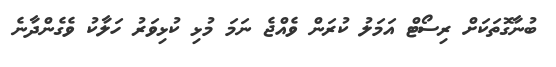
ބުނާގޮތަކަށް ރިސޯޓް އަމަލު ކުރަން ވެއްޖެ ނަމަ މުޅި ކުޅިވަރު ހަލާކު ވެގެންދާނެ